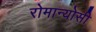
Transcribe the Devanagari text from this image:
रोमान्योसी